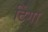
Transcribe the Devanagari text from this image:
टिंगा